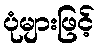
ပုံများဖြင့်